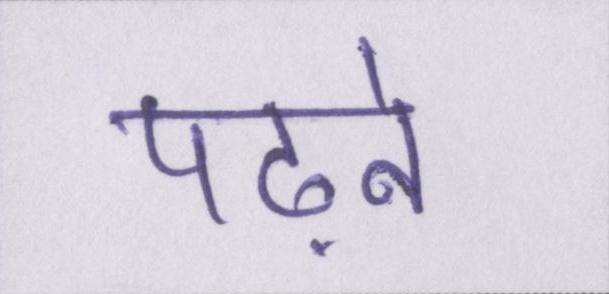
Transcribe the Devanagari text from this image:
पढ़ने